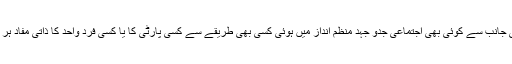
گلگت بلتستان میں آج تک عوام کی جانب سے کوئی بھی اجتماعی جدو جہد منظم انداز میں ہوئی کسی بھی طریقے سے کسی پارٹی کا یا کسی فرد واحد کا ذاتی مفاد ہر گز شامل ہی نہیں تھا اور نہ ہوگا۔